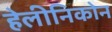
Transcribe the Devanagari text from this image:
हेलीनिकोन